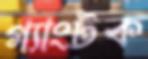
গ্যাংটক